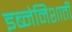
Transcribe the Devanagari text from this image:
इब्नेनिशाती